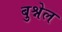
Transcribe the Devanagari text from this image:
बुश्नेल